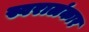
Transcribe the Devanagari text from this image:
स्वरालंकार